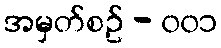
အမှတ်စဥ် - ၀၀၁